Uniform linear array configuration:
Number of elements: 64
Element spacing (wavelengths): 0.25
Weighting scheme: kaiser
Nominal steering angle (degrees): -30
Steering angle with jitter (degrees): -29.892
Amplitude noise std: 0.05
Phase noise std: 0.05

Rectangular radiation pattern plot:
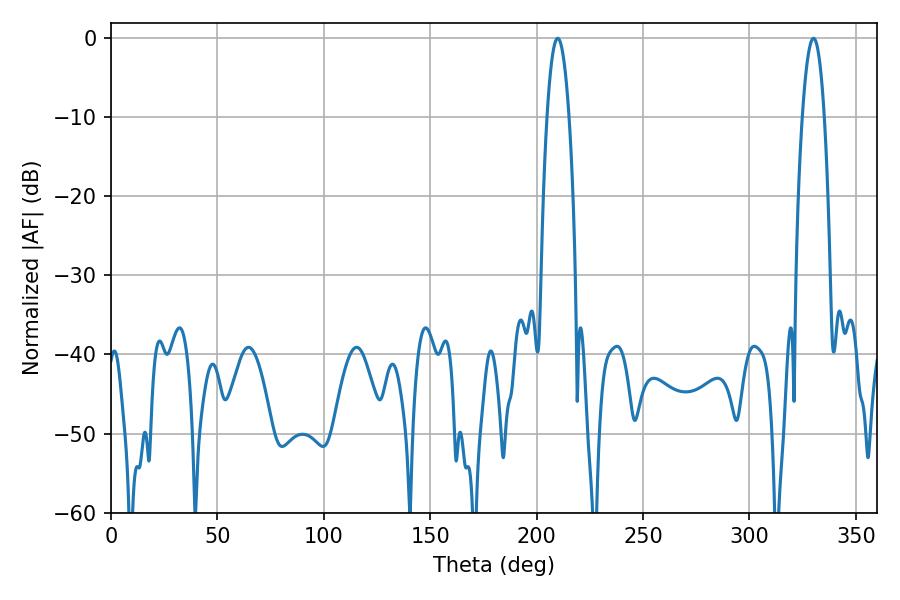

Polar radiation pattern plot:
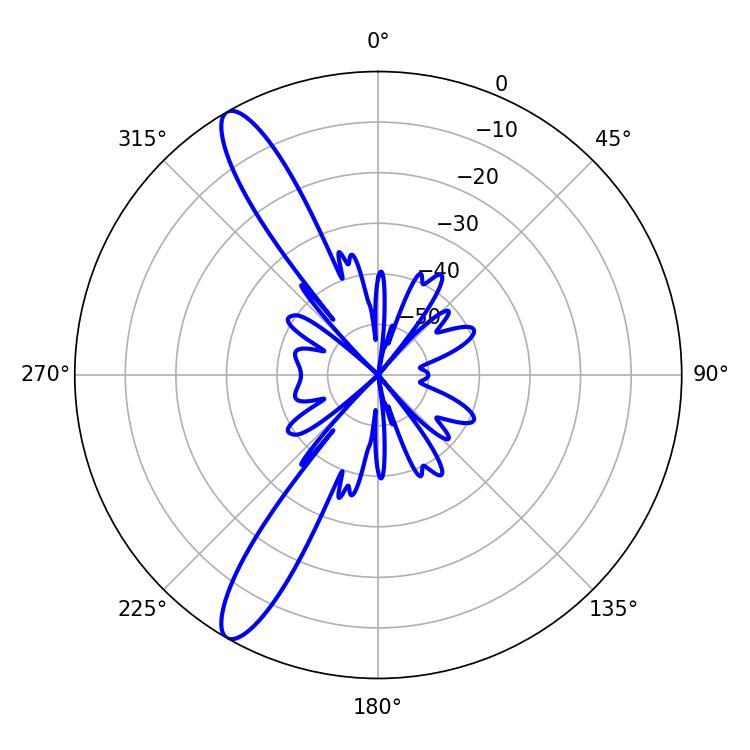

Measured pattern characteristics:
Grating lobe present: FALSE
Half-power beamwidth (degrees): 5.58
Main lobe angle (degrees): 209.88